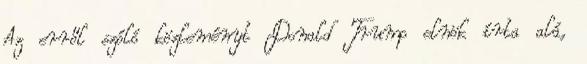
Az erről szóló közleményt Donald Trump elnök írta alá,